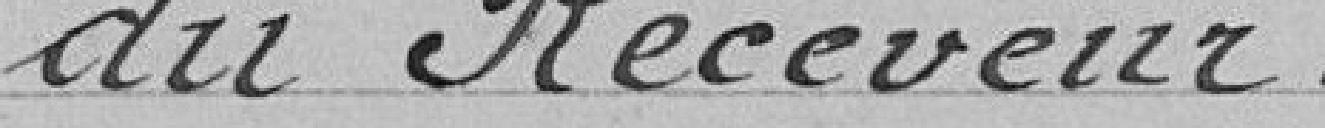
du Receveur .